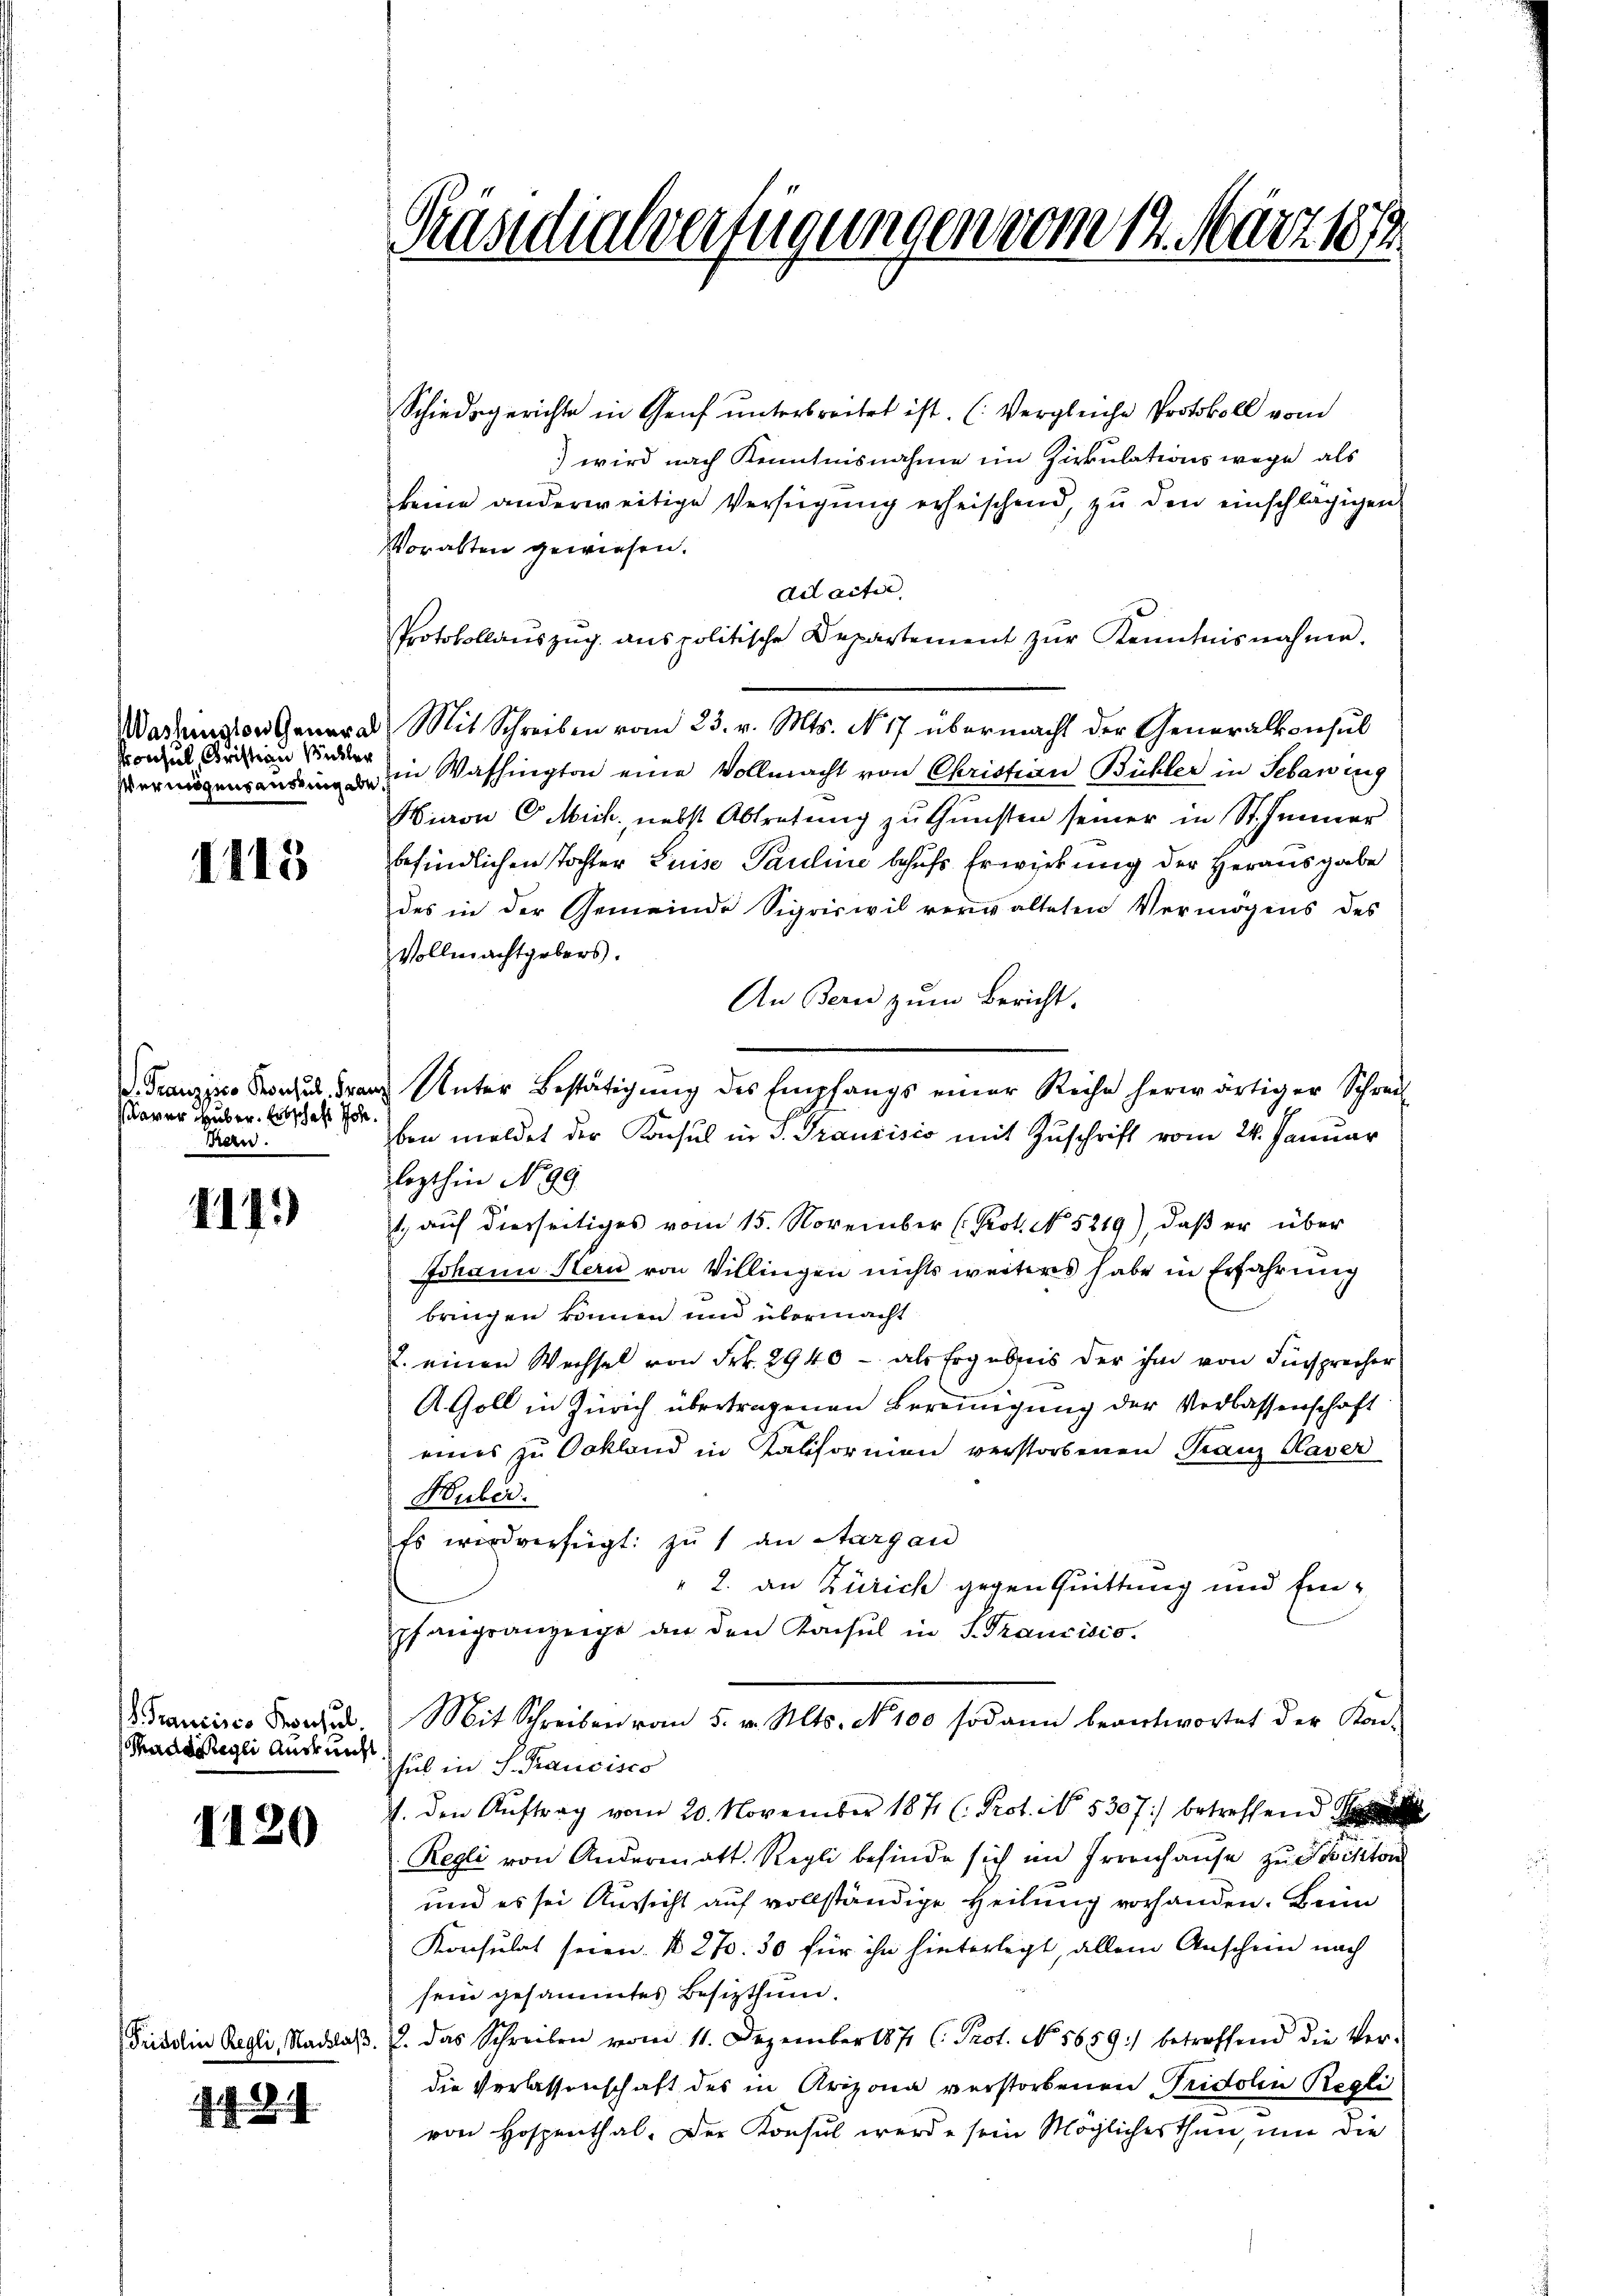
Washington Genera
Konsul, Christian Kübler
Vermögensauszug abe

1115

saver Huber. Erbschaft Joh.
Frau.

111.)

d. Francisco Konsul
Kadasigli Auskunft

1120

Fridolin Regli, Nachlaβ.

Präsidialverfügungen vom 14. März 1889

Schiedsgerichte in Genf unterbreitet ist. (Vergleiche Protokoll vom
) wird nach Kenntnisnahme im Zirkulations wege als
keine anderweitige Verfügŭng erheischend, zŭ den einschlägigen
Voralten gewiesen.
Adaitir
Protokollaŭszŭg anspolitische Departement zŭr Kenntnisnahme.
Mit Schreiben vom 23. v. Mts. No. 17 übermacht der Generalkonsul
in Washington eine Vollmacht von Christian Bühler in Sebawing
Hiron C. Mich. nebst Abtretung zu Gunsten seiner in St. Jenner
befindlichen Tochter Luise Pauline behufs Erwirkung der Herausgabe
des in der Gemeinde Sigriswil verwalteten Vermögens des
Vollmachtgebers.
An Bern zum Bericht.
D. Franzisco Porzel Franz Unter Bestätigung des Empfangs einer Reihe herwärtiger Schrei-
ben meldet der Konsul in S. Traurisis mit Zuschrift vom 24. Januar
lezthin No. 99.
1. auf diesseitiges vom 15. November (Prot. No. 5219), daβ er über
Johann Kern von Villingen nichts weiters habe in Erfahrung
bringen können und übermacht
2. einen Wechsel von Frk. 2940 - als Ergebnis der ihm von Fürsprecher
AGoll in Zürich übertragenen Bereinigung der Verlassenschaft
eines zu Orkland in Kaliformen verstorbenen Franz Kaser
Huber.
Es wird verfügt: zu 1 an Aargau
2. an Zürich gegen Quittung und Einpfangsanzeige an den Konsul in S. Trancisco
Mit Schreiben vom 5. v. Mts. No. 100 sodann beantwortet der Kon-
hub in S. Francisco
J. den Aŭftrag vom 20. November 1871 (: Prot. No. 5307) betreffend S
Regli von Andermatt. Regli befinde sich im Irrenhause zu Sistor
und es sei Aussicht auf vollständige Heilung vorhanden. Beim
Konsulat seien. N. 270. 50 für ihn hinterlegt, allein Anschein nach
sein gesammtes Besitzthum.
2. das Schreiben vom 11. Dezember 1871 (: Prot. No. 5659) betreffend die Ver-
die Verlassenschaft des in Arizona verstorbenen Tridolin Regli
von Hospenthal. Der Konsul werde sein Möglicher thun, um die